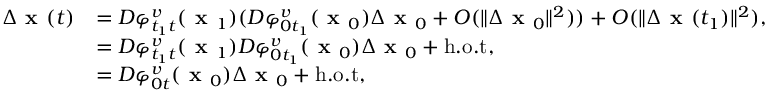
\begin{array} { r l } { \Delta \textbf { x } ( t ) } & { = D \varphi _ { t _ { 1 } t } ^ { v } ( \textbf { x } _ { 1 } ) ( D \varphi _ { 0 t _ { 1 } } ^ { v } ( \textbf { x } _ { 0 } ) \Delta \textbf { x } _ { 0 } + O ( \| \Delta \textbf { x } _ { 0 } \| ^ { 2 } ) ) + O ( \| \Delta \textbf { x } ( t _ { 1 } ) \| ^ { 2 } ) , } \\ & { = D \varphi _ { t _ { 1 } t } ^ { v } ( \textbf { x } _ { 1 } ) D \varphi _ { 0 t _ { 1 } } ^ { v } ( \textbf { x } _ { 0 } ) \Delta \textbf { x } _ { 0 } + \mathrm { h . o . t } , } \\ & { = D \varphi _ { 0 t } ^ { v } ( \textbf { x } _ { 0 } ) \Delta \textbf { x } _ { 0 } + \mathrm { h . o . t } , } \end{array}